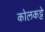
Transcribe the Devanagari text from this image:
कोलकट्टे